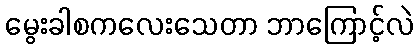
မွေးခါစကလေးသေတာ ဘာကြောင့်လဲ